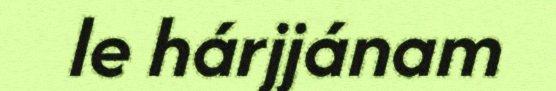
le hárjjánam